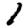
Digit: 1